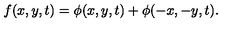
f ( x , y , t ) = \phi ( x , y , t ) + \phi ( - x , - y , t ) .